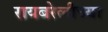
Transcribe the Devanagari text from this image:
रायबरेलीच्या